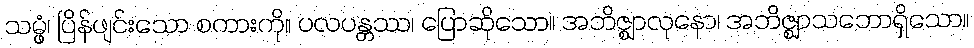
သမ္ဖံ၊ ပြိန်ဖျင်းသော စကားကို။ ပလပန္တဿ၊ ပြောဆိုသော။ အဘိဇ္ဈာလုနော၊ အဘိဇ္ဈာသဘောရှိသော။